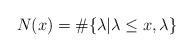
LaTeX: \begin{align*}N(x) = \#\{\lambda | \lambda\leq x, \lambda\}\end{align*}